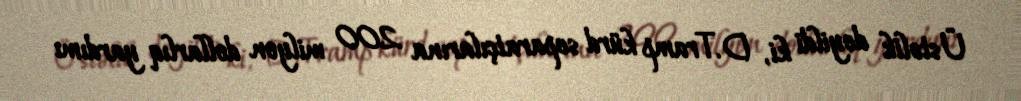
Üstəlik deyildi ki, D.Tramp kürd separatçılarına 200 milyon dollarlıq yardımı